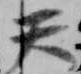
天